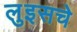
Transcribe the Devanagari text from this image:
लुइसचे